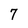
Character: 7